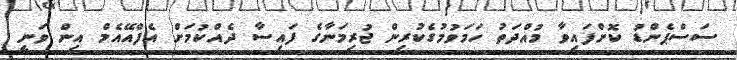
ސަސްޕެންޑު ކޮށްފައިވާ މުއްދަތު ހަމަވުމުގެކުރިން ޖުރިމަނާގެ ފައިސާ ދެއްކުމަށް އެފްއޭއެމް އިން ވަނީ